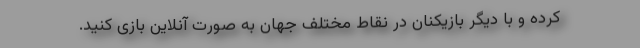
کرده و با دیگر بازیکنان در نقاط مختلف جهان به صورت آنلاین بازی کنید.